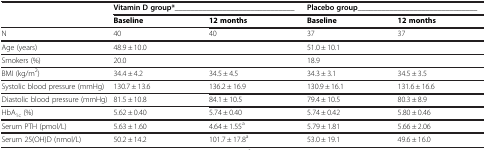
<table><thead><tr><td rowspan="2"><b> </b></td><td colspan="2"><b>Vitamin D group*______________________________</b></td><td colspan="2"><b>Placebo group______________________________</b></td></tr><tr><td><b>Baseline</b></td><td><b>12 months</b></td><td><b>Baseline</b></td><td><b>12 months</b></td></tr></thead><tbody><tr><td>N</td><td>40</td><td>40</td><td>37</td><td>37</td></tr><tr><td>Age (years)</td><td>48.9 ± 10.0</td><td> </td><td>51.0 ± 10.1</td><td> </td></tr><tr><td>Smokers (%)</td><td>20.0</td><td> </td><td>18.9</td><td> </td></tr><tr><td>BMI (kg/m<sup>2</sup>)</td><td>34.4 ± 4.2</td><td>34.5 ± 4.5</td><td>34.3 ± 3.1</td><td>34.5 ± 3.5</td></tr><tr><td>Systolic blood pressure (mmHg)</td><td>130.7 ± 13.6</td><td>136.2 ± 16.9</td><td>130.9 ± 16.1</td><td>131.6 ± 16.6</td></tr><tr><td>Diastolic blood pressure (mmHg)</td><td>81.5 ± 10.8</td><td>84.1 ± 10.5</td><td>79.4 ± 10.5</td><td>80.3 ± 8.9</td></tr><tr><td>HbA<sub>1c</sub> (%)</td><td>5.62 ± 0.40</td><td>5.74 ± 0.40</td><td>5.74 ± 0.42</td><td>5.80 ± 0.46</td></tr><tr><td>Serum PTH (pmol/L)</td><td>5.63 ± 1.60</td><td>4.64 ± 1.55<sup>a</sup></td><td>5.79 ± 1.81</td><td>5.66 ± 2.06</td></tr><tr><td>Serum 25(OH)D (nmol/L)</td><td>50.2 ± 14.2</td><td>101.7 ± 17.8<sup>a</sup></td><td>53.0 ± 19.1</td><td>49.6 ± 16.0</td></tr></tbody></table>